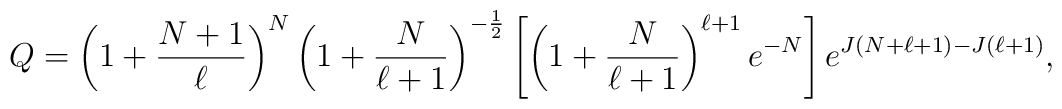
Q=\left(1+\frac{N+1}{\ell} \right)^{N}\left(1+\frac{N}{\ell +1}\right)^{-\frac{1}{2}}\left[\left(1+\frac{N}{\ell+1}\right)^{\ell+1}e^{-N}\right]e^{J(N+\ell+1)-J(\ell+1)},